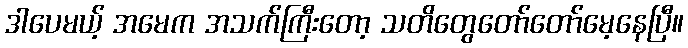
ဒါပေမယ့် အမေက အသက်ကြီးတော့ သတိတွေတော်တော်မေ့နေပြီ။